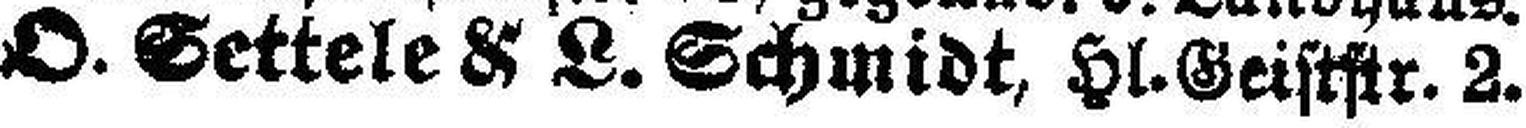
O. Settele & L. Schmidt, Hl.Geiststr. 2.